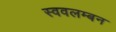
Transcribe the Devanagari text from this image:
स्ववलम्बन